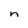
Character: n